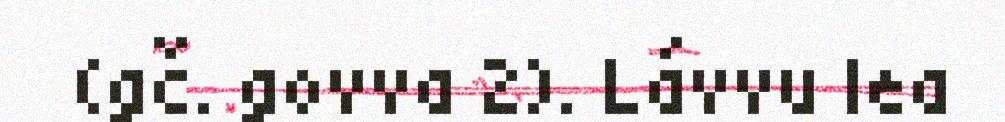
(gč. govva 2). Lávvu lea